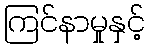
ကြင်နာမှုနှင့်